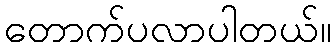
တောက်ပလာပါတယ်။